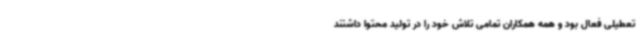
تعطیلی فعال بود و همه همکاران تمامی تلاش خود را در تولید محتوا داشتند